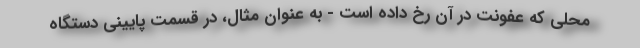
محلی که عفونت در آن رخ داده است - به عنوان مثال، در قسمت پایینی دستگاه